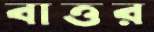
বাত্তর